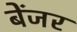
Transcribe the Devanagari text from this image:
बेंजर